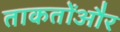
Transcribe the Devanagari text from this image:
ताकतोंऔर